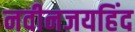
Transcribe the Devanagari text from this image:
नवीनजयहिंद